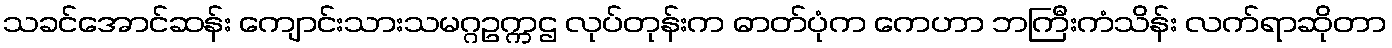
သခင်အောင်ဆန်း ကျောင်းသားသမဂ္ဂဥက္ကဌ လုပ်တုန်းက ဓာတ်ပုံက ကေဟာ ဘကြီးကံသိန်း လက်ရာဆိုတာ